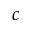
c